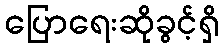
ပြောရေးဆိုခွင့်ရှိ